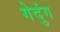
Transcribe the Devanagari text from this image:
गेदुंग